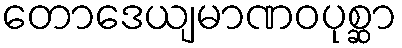
တောဒေယျမာဏဝပုစ္ဆာ